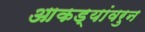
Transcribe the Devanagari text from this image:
आकड्यांवरुन